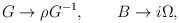
\begin{align*}G \rightarrow \rho G^{-1}, \qquad B \rightarrow i\Omega,\end{align*}